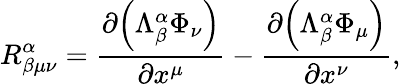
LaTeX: R_{\beta\mu\nu}^{\alpha}=\frac{\partial{\left(\Lambda_{\beta}^{\alpha}\Phi_{\nu}\right)}}{\partial x^{\mu}}-\frac{\partial{\left(\Lambda_{\beta}^{\alpha}\Phi_{\mu}\right)}}{\partial x^{\nu}},